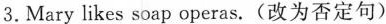
3.Mary likes soap operas.(改为否定句)